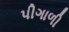
પીગાળી